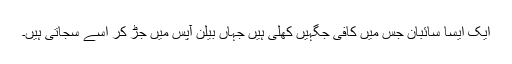
ایک ایسا سائبان جس میں کافی جگہیں کھلی ہیں جہاں بیلن آپس میں جڑ کر اسے سجاتی ہیں۔